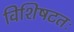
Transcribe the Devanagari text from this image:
विशिषटतः